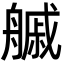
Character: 𦪊